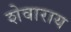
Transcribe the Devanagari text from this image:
शेवाराय